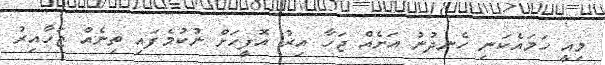
މިއީ ހަމައެކަނި ހެނދުނު އަށެއް ޖަހާ އިރު އޮފީހަށް ނުކުމެފައި ތިނެއް ޖަހާއިރު